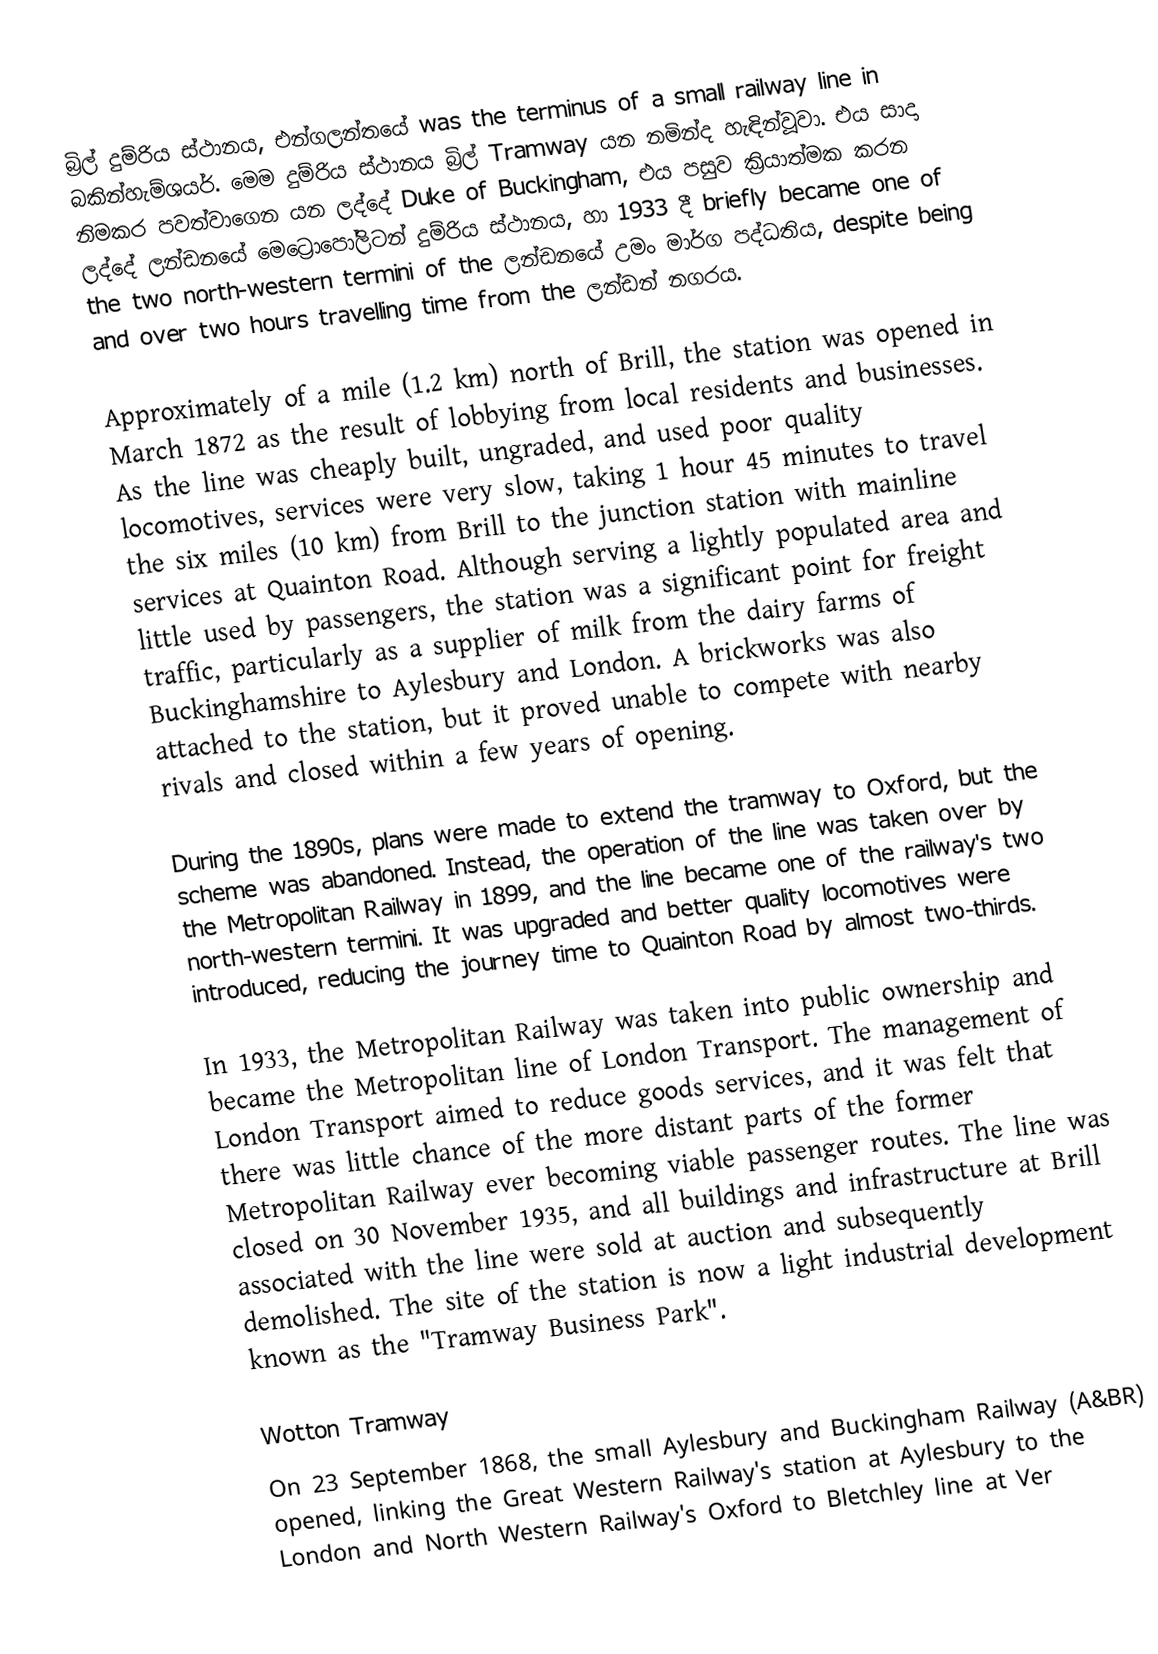
බ්‍රිල් දුම්රිය ස්ථානය, එන්ගලන්තයේ was the terminus of a small railway line in බකින්හැම්ශයර්. මෙම දුම්රිය ස්ථානය බ්‍රිල් Tramway යන නමින්ද හැඳින්වූවා. එය සාදා නිමකර පවත්වාගෙන යන ලද්දේ Duke of Buckingham, එය පසුව ක්‍රියාත්මක කරන ලද්දේ ලන්ඩනයේ මෙට්‍රොපෝලිටන් දුම්රිය ස්ථානය, හා 1933 දී briefly became one of the two north-western termini of the ලන්ඩනයේ උමං මාර්ග පද්ධතිය, despite being  and over two hours travelling time from the ලන්ඩන් නගරය.

Approximately  of a mile (1.2 km) north of Brill, the station was opened in March 1872 as the result of lobbying from local residents and businesses. As the line was cheaply built, ungraded, and used poor quality locomotives, services were very slow, taking 1 hour 45 minutes to travel the six miles (10 km) from Brill to the junction station with mainline services at Quainton Road. Although serving a lightly populated area and little used by passengers, the station was a significant point for freight traffic, particularly as a supplier of milk from the dairy farms of Buckinghamshire to Aylesbury and London. A brickworks was also attached to the station, but it proved unable to compete with nearby rivals and closed within a few years of opening.

During the 1890s, plans were made to extend the tramway to Oxford, but the scheme was abandoned. Instead, the operation of the line was taken over by the Metropolitan Railway in 1899, and the line became one of the railway's two north-western termini. It was upgraded and better quality locomotives were introduced, reducing the journey time to Quainton Road by almost two-thirds.

In 1933, the Metropolitan Railway was taken into public ownership and became the Metropolitan line of London Transport. The management of London Transport aimed to reduce goods services, and it was felt that there was little chance of the more distant parts of the former Metropolitan Railway ever becoming viable passenger routes. The line was closed on 30 November 1935, and all buildings and infrastructure at Brill associated with the line were sold at auction and subsequently demolished. The site of the station is now a light industrial development known as the "Tramway Business Park".

Wotton Tramway
On 23 September 1868, the small Aylesbury and Buckingham Railway (A&BR) opened, linking the Great Western Railway's station at Aylesbury to the London and North Western Railway's Oxford to Bletchley line at Ver